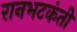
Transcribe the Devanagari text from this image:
रानभटकंती